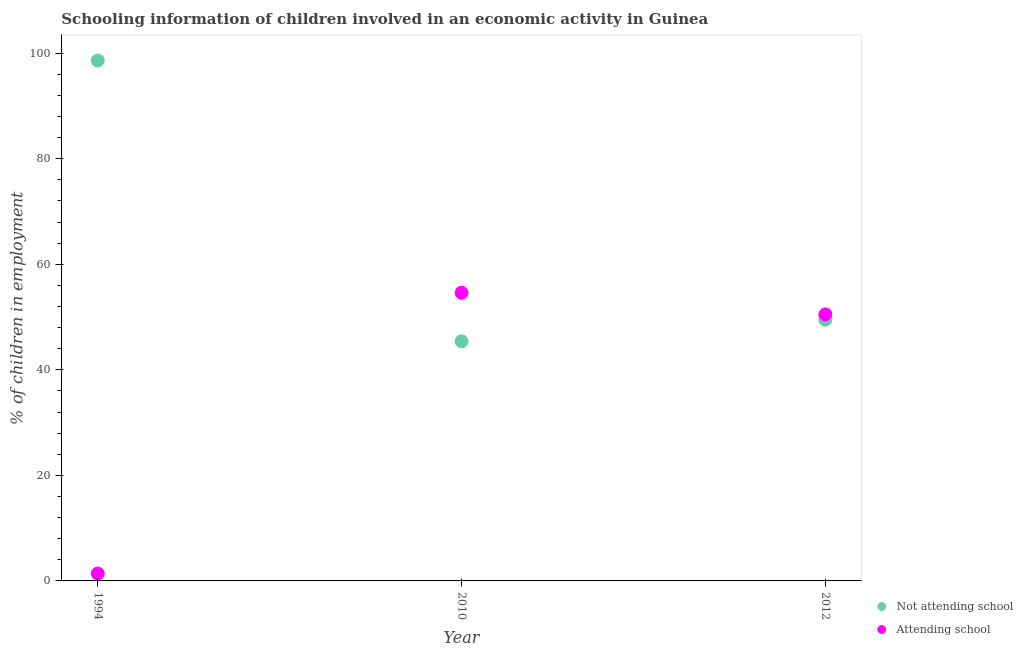
| Year | Not attending school | Attending school |
 | --- | --- | --- |
 | 1994 | 98.6 | 1.4 |
 | 2010 | 45.4 | 54.6 |
 | 2012 | 49.5 | 50.5 |